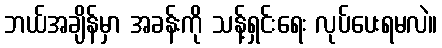
ဘယ်အချိန်မှာ အခန်းကို သန့်ရှင်းရေး လုပ်ပေးရမလဲ။